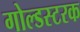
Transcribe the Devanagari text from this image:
गोल्डस्टरक